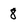
Character: 8